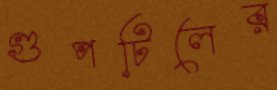
গুপটিলের